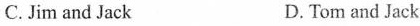
C.Jim and Jack D. Tom and Jack